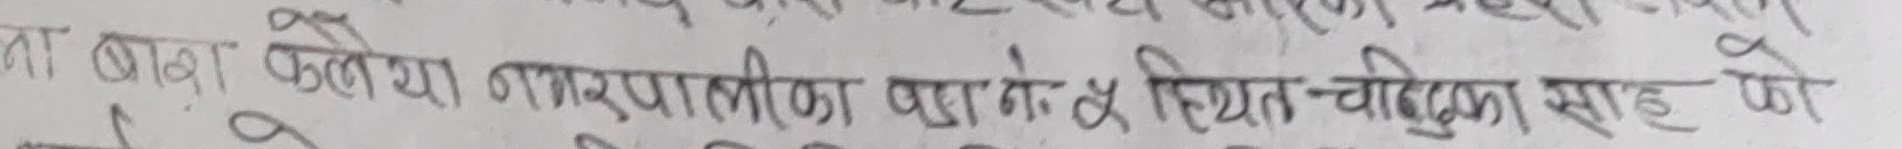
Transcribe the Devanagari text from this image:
का बावा फुलैया नगरपालिका वडा नं. स्थित चींदका साहु को